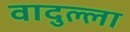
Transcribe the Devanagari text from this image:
वादुल्ला